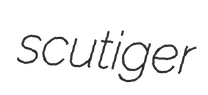
scutiger